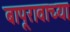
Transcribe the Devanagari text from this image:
बापूरावाच्या